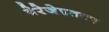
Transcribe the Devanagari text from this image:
बेरेजेइतका